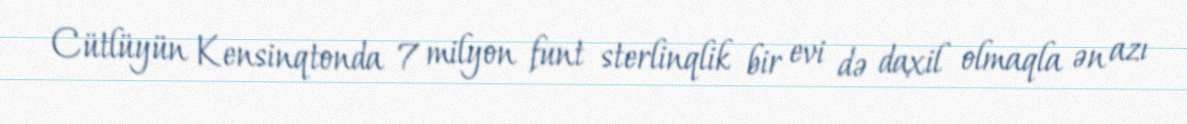
Cütlüyün Kensinqtonda 7 milyon funt sterlinqlik bir evi də daxil olmaqla ən azı